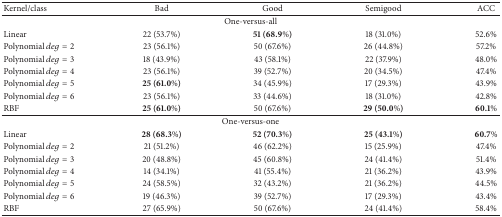
<table><thead><tr><td><b>Kernel/class</b></td><td><b>Bad</b></td><td><b>Good</b></td><td><b>Semigood</b></td><td><b>ACC</b></td></tr></thead><tbody><tr><td colspan="5">One-versus-all</td></tr><tr><td>Linear </td><td>22 (53.7%) </td><td><b>51 (68.9%) </b></td><td>18 (31.0%) </td><td>52.6% </td></tr><tr><td>Polynomial <i>deg</i> = 2</td><td>23 (56.1%) </td><td>50 (67.6%) </td><td>26 (44.8%) </td><td>57.2% </td></tr><tr><td>Polynomial <i>deg</i> = 3</td><td>18 (43.9%) </td><td>43 (58.1%) </td><td>22 (37.9%) </td><td>48.0% </td></tr><tr><td>Polynomial <i>deg</i> = 4</td><td>23 (56.1%) </td><td>39 (52.7%) </td><td>20 (34.5%) </td><td>47.4% </td></tr><tr><td>Polynomial <i>deg</i> = 5</td><td><b>25 (61.0%) </b></td><td>34 (45.9%) </td><td>17 (29.3%) </td><td>43.9% </td></tr><tr><td>Polynomial <i>deg</i> = 6</td><td>23 (56.1%) </td><td>33 (44.6%) </td><td>18 (31.0%) </td><td>42.8% </td></tr><tr><td>RBF </td><td><b>25 (61.0%) </b></td><td>50 (67.6%) </td><td><b>29 (50.0%) </b></td><td><b>60.1% </b></td></tr><tr><td colspan="5"> One-versus-one </td></tr><tr><td>Linear </td><td><b>28 (68.3%) </b></td><td><b>52 (70.3%) </b></td><td><b>25 (43.1%) </b></td><td><b>60.7% </b></td></tr><tr><td>Polynomial <i>deg</i> = 2</td><td>21 (51.2%) </td><td>46 (62.2%) </td><td>15 (25.9%) </td><td>47.4% </td></tr><tr><td>Polynomial <i>deg</i> = 3</td><td>20 (48.8%) </td><td>45 (60.8%) </td><td>24 (41.4%) </td><td>51.4% </td></tr><tr><td>Polynomial <i>deg</i> = 4</td><td>14 (34.1%) </td><td>41 (55.4%) </td><td>21 (36.2%) </td><td>43.9% </td></tr><tr><td>Polynomial <i>deg</i> = 5</td><td>24 (58.5%) </td><td>32 (43.2%) </td><td>21 (36.2%) </td><td>44.5% </td></tr><tr><td>Polynomial <i>deg</i> = 6</td><td>19 (46.3%) </td><td>39 (52.7%) </td><td>17 (29.3%) </td><td>43.4% </td></tr><tr><td>RBF</td><td>27 (65.9%) </td><td>50 (67.6%) </td><td>24 (41.4%) </td><td>58.4% </td></tr></tbody></table>